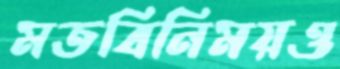
মতবিনিময়ও